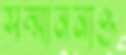
সম্মাননাও